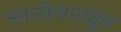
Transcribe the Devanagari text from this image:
सरोवरांतून